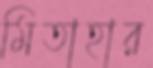
মিতাহার